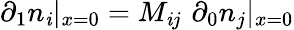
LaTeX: \partial_{1}n_{\mathit{i}}|_{x=0}=M_{\mathit{i}j}\, \, \partial_{0}n_{j}|_{x=0}